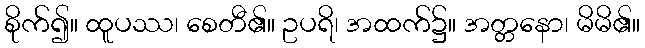
စိုက်၍။ ထူပဿ၊ စေတီ၏။ ဥပရိ၊ အထက်၌။ အတ္တနော၊ မိမိ၏။